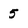
Character: 5